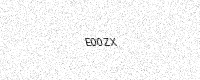
Text: E00ZX